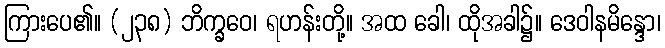
ကြားပေ၏။ (၂၃၈) ဘိက္ခဝေ၊ ရဟန်းတို့။ အထ ခေါ၊ ထိုအခါ၌။ ဒေဝါနမိန္ဒော၊